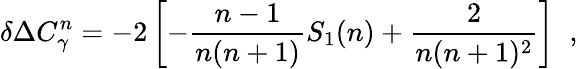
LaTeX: \delta\Delta C_{\gamma}^{n}=-2\left[-\frac{n-1}{n(n+1)}S_{1}(n)+\frac{2}{n(n+1)^{2}}\right]\; \; ,